Civil Veterinary Department. Central Provinces & Berar 1925-31 - 1925-1931
Year: 1925
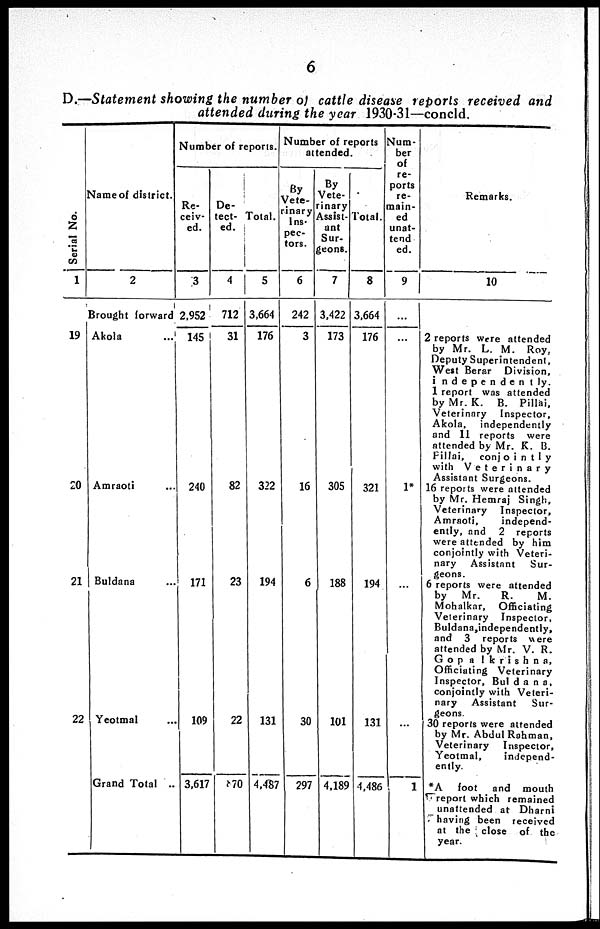
6
D.—Statement showing the number of cattle disease reports received and
attended during the year 1930-31—concld.
Serial No.
1
19
20
21
22
Name of district.
2
Brought forward
Akola ...
Amraoti ...
Buldana ...
Yeotmal ...
Grand Total ...
Number of reports.
Re-
ceiv-
ed.
3
2,952
145
240
171
109
3.617
De-
tect-
ed.
4
712
31
82
23
22
870
Total.
5
3.664
176
322
194
131
4,487
Number of reports
attended.
By
Vete-
inary
ins-
pec-
tors.
6
242
3
16
6
30
297
By
Vete-
rinary
Assist-
ant
Sur-
geons.
7
3.422
173
305
188
101
4,189
Total.
8
3.664
176
321
194
131
4,486
Num-
ber
of
re-
ports
re-
-ain-
ed
unat-
tend
ed.
9
...
...
1*
...
...
1
Remarks.
10
2 reports were attended
by Mr. L. M. Roy,
Deputy Superintendent,
West Berar Division,
independently.
1 report was attended
by Mr. K. B. Pillai,
Veterinary Inspector,
Akola,
independently
and 11 reports were
attended by Mr. K. B.
Pillai,
conjointly
with
Veterinary
Assistant Surgeons.
16 reports were attended
by Mr. Hemraj Singh,
Veterinary Inspector,
Amraoti,
independ-
ently, and 2 reports
were attended by him
conjointly with Veteri-
nary Assistant
Sur-
geons.
6 reports were attended
by Mr.
R.
M.
Mohalkar, Officiating
Veterinary Inspector,
Buldana, independently,
and 3 reports were
attended by Mr. V. R.
Gopalkrishna,
Officiating Veterinary
Inspector, Buldana,
conjointly with Veteri-
nary Assistant
Sur-
geons.
30 reports were attended
by Mr, Abdul Rahman,
Veterinary
Inspector,
Yeotmal,
independ-
ently.
*A foot
and mouth
report which remained
unattended at Dharni
having been received
at the close of the
year.